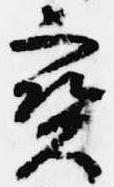
宝